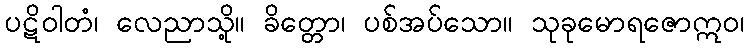
ပဋိဝါတံ၊ လေညာသို့။ ခိတ္တော၊ ပစ်အပ်သော။ သုခုမောရဇောဣဝ၊